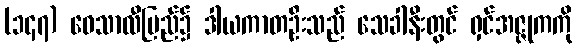
(၁၄၇) ဝေသာလီပြည်၌ ဒါယကာတဦးသည် သေခါနီးတွင် ရှင်အဇ္ဇုကကို